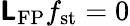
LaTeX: \boldsymbol{\mathsf{L}}_{\mathrm{{FP}}}f_{\mathrm{{st}}}=0